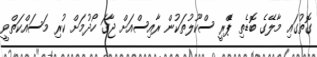
ގޮތުގައި މާލޭގެ ބޮޑެތި ޕްެރީ ސްކޫލުތަކުން ރާއިސްއަށް ޖާގަ ހޯދުމަށް ކުރި މަސައްކަތްވީ